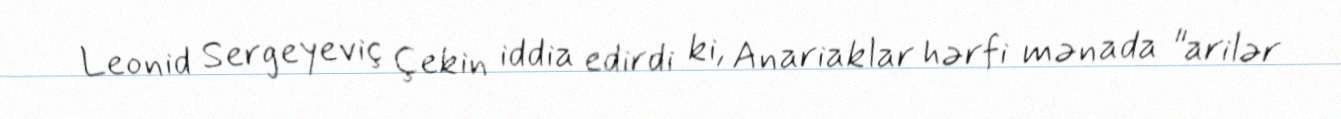
Leonid Sergeyeviç Çekin iddia edirdi ki, Anariaklar hərfi mənada "arilər